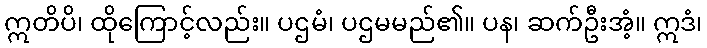
ဣတိပိ၊ ထိုကြောင့်လည်း။ ပဌမံ၊ ပဌမမည်၏။ ပန၊ ဆက်ဦးအံ့။ ဣဒံ၊